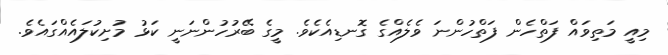
މިއީ މަތިވައް ފަތްހެން ފަތްހުންނަ ވެލެއްގެ ގޮނޑިއެކެވެ. މީގެ ބޭރުހުންނަނީ ކަޅު މުށިކުލައެއްގައެވެ.